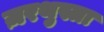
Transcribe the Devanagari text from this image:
ज़रथुस्त्रा